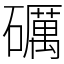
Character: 礪